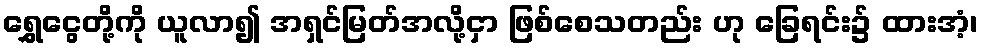
ရွှေငွေတို့ကို ယူလာ၍ အရှင်မြတ်အလို့ငှာ ဖြစ်စေသတည်း ဟု ခြေရင်း၌ ထားအံ့၊